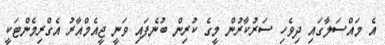
އެ މައްސަލާގައި ދިވެހި ސަރުކާރުން މީގެ ކުރިން ބުނެފައި ވަނީ ޖީއެމްއާރު އެގްރިމެންޓަކީ